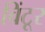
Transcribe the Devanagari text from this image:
विंटूर